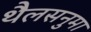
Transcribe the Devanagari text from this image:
थैलसनुमा